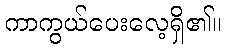
ကာကွယ်ပေးလေ့ရှိ၏။